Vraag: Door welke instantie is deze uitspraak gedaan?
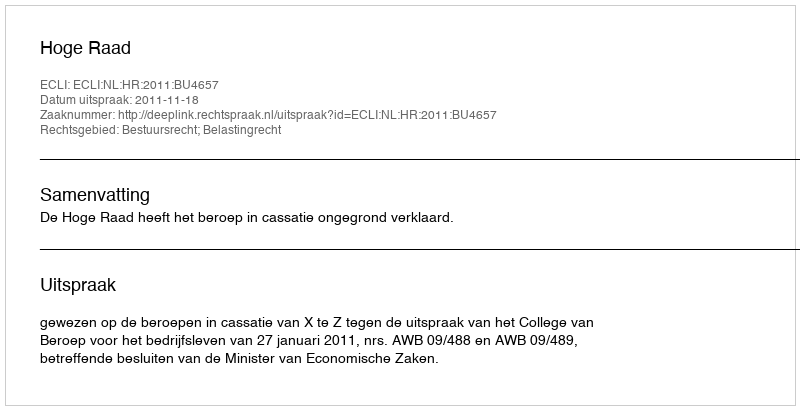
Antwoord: Hoge Raad